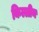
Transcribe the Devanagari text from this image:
किल्लीन